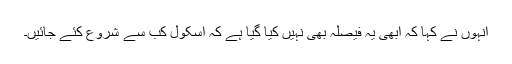
انہوں نے کہا کہ ابھی یہ فیصلہ بھی نہیں کیا گیا ہے کہ اسکول کب سے شروع کئے جائیں۔